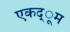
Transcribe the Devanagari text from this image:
एकद्ूम